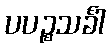
ပပဉ္စသင်္ခါ